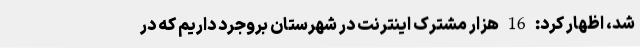
شد، اظهار کرد: 16 هزار مشترک اینترنت در شهرستان بروجرد داریم که در